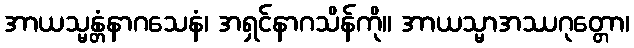
အာယသ္မန္တံနာဂသေနံ၊ အရှင်နာဂသိန်ကို။ အာယသ္မာအဿဂုတ္တော၊